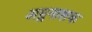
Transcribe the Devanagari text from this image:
अम्लनाशक